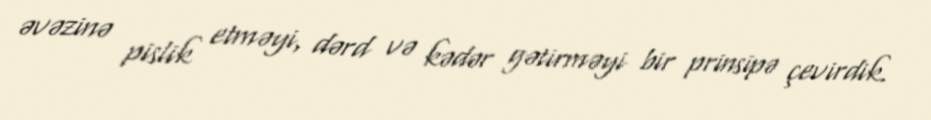
əvəzinə pislik etməyi, dərd və kədər gətirməyi bir prinsipə çevirdik.